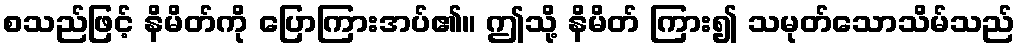
စသည်ဖြင့် နိမိတ်ကို ပြောကြားအပ်၏။ ဤသို့ နိမိတ် ကြား၍ သမုတ်သောသိမ်သည်